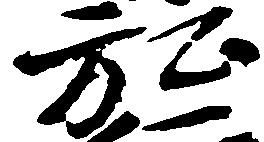
弘